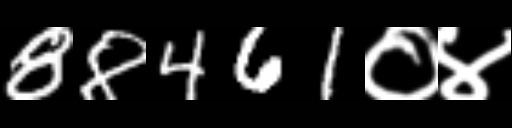
Text: 88461०४